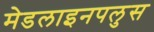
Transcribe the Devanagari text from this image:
मेडलाइनपलुस